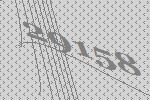
29158